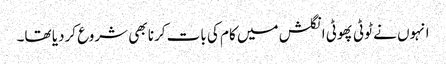
انہوں نے ٹوٹی پھوٹی انگلش میں کام کی بات کرنا بھی شروع کردیا تھا۔